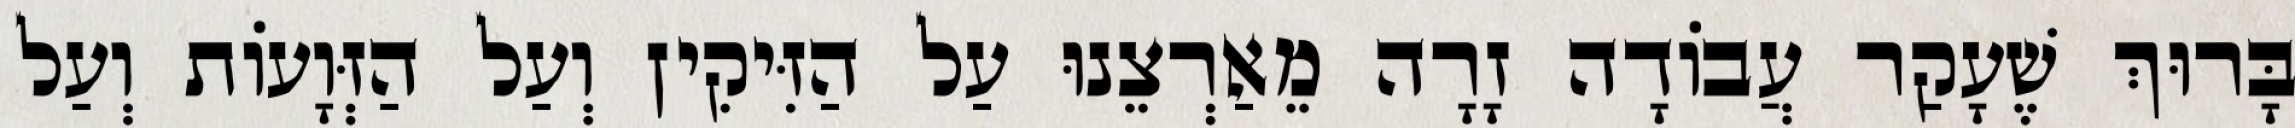
בָּרוּךְ שֶׁעָקַר עֲבוֹדָה זָרָה מֵאַרְצֵנוּ עַל הַזִּיקִין וְעַל הַזְּוָעוֹת וְעַל